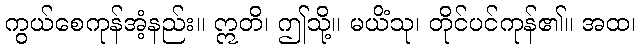
ကွယ်စေကုန်အံ့နည်း။ ဣတိ၊ ဤသို့။ မယိံသု၊ တိုင်ပင်ကုန်၏။ အထ၊